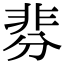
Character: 𩇴